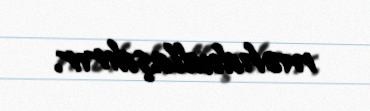
məhdudlaşdırır.